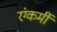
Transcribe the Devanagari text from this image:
रंग्कर्मी